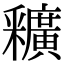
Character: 𨤡